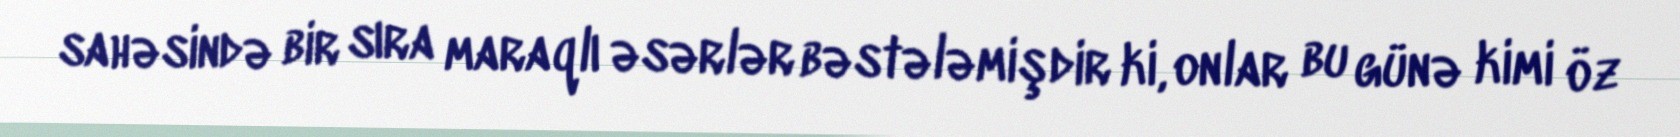
sahəsində bir sıra maraqlı əsərlər bəstələmişdir ki, onlar bu günə kimi öz